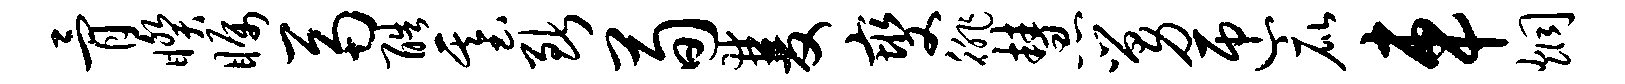
骨睽瞩鬲酷基断荀双燮徘慧舅匝庇车炯